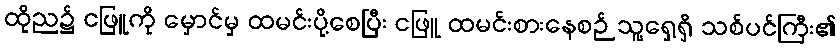
ထိုည၌ ငဖြူကို မှောင်မှ ထမင်းပို့စေပြီး ငဖြူ ထမင်းစားနေစဉ် သူ့ရှေ့ရှိ သစ်ပင်ကြီး၏